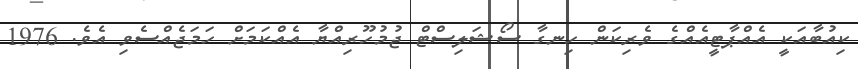
ކިއުބާއަކީ އެއްޕާޓީއެއްގެ ވެރިކަން ހިނގާ ސޯޝަލިސްޓް ޖުމުހޫރިއްޔާ އެއްކަމަށް ހަމަޖެއްސެވި އެވެ. 1976